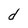
Character: d